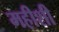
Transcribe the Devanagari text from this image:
महीशी